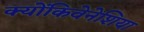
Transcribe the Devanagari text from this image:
क्योंकिवेनेशिया